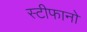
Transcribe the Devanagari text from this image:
स्टीफानो